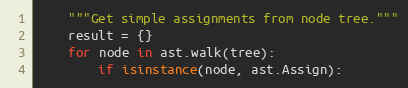
Language: Python
    """Get simple assignments from node tree."""
    result = {}
    for node in ast.walk(tree):
        if isinstance(node, ast.Assign):